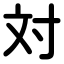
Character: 対